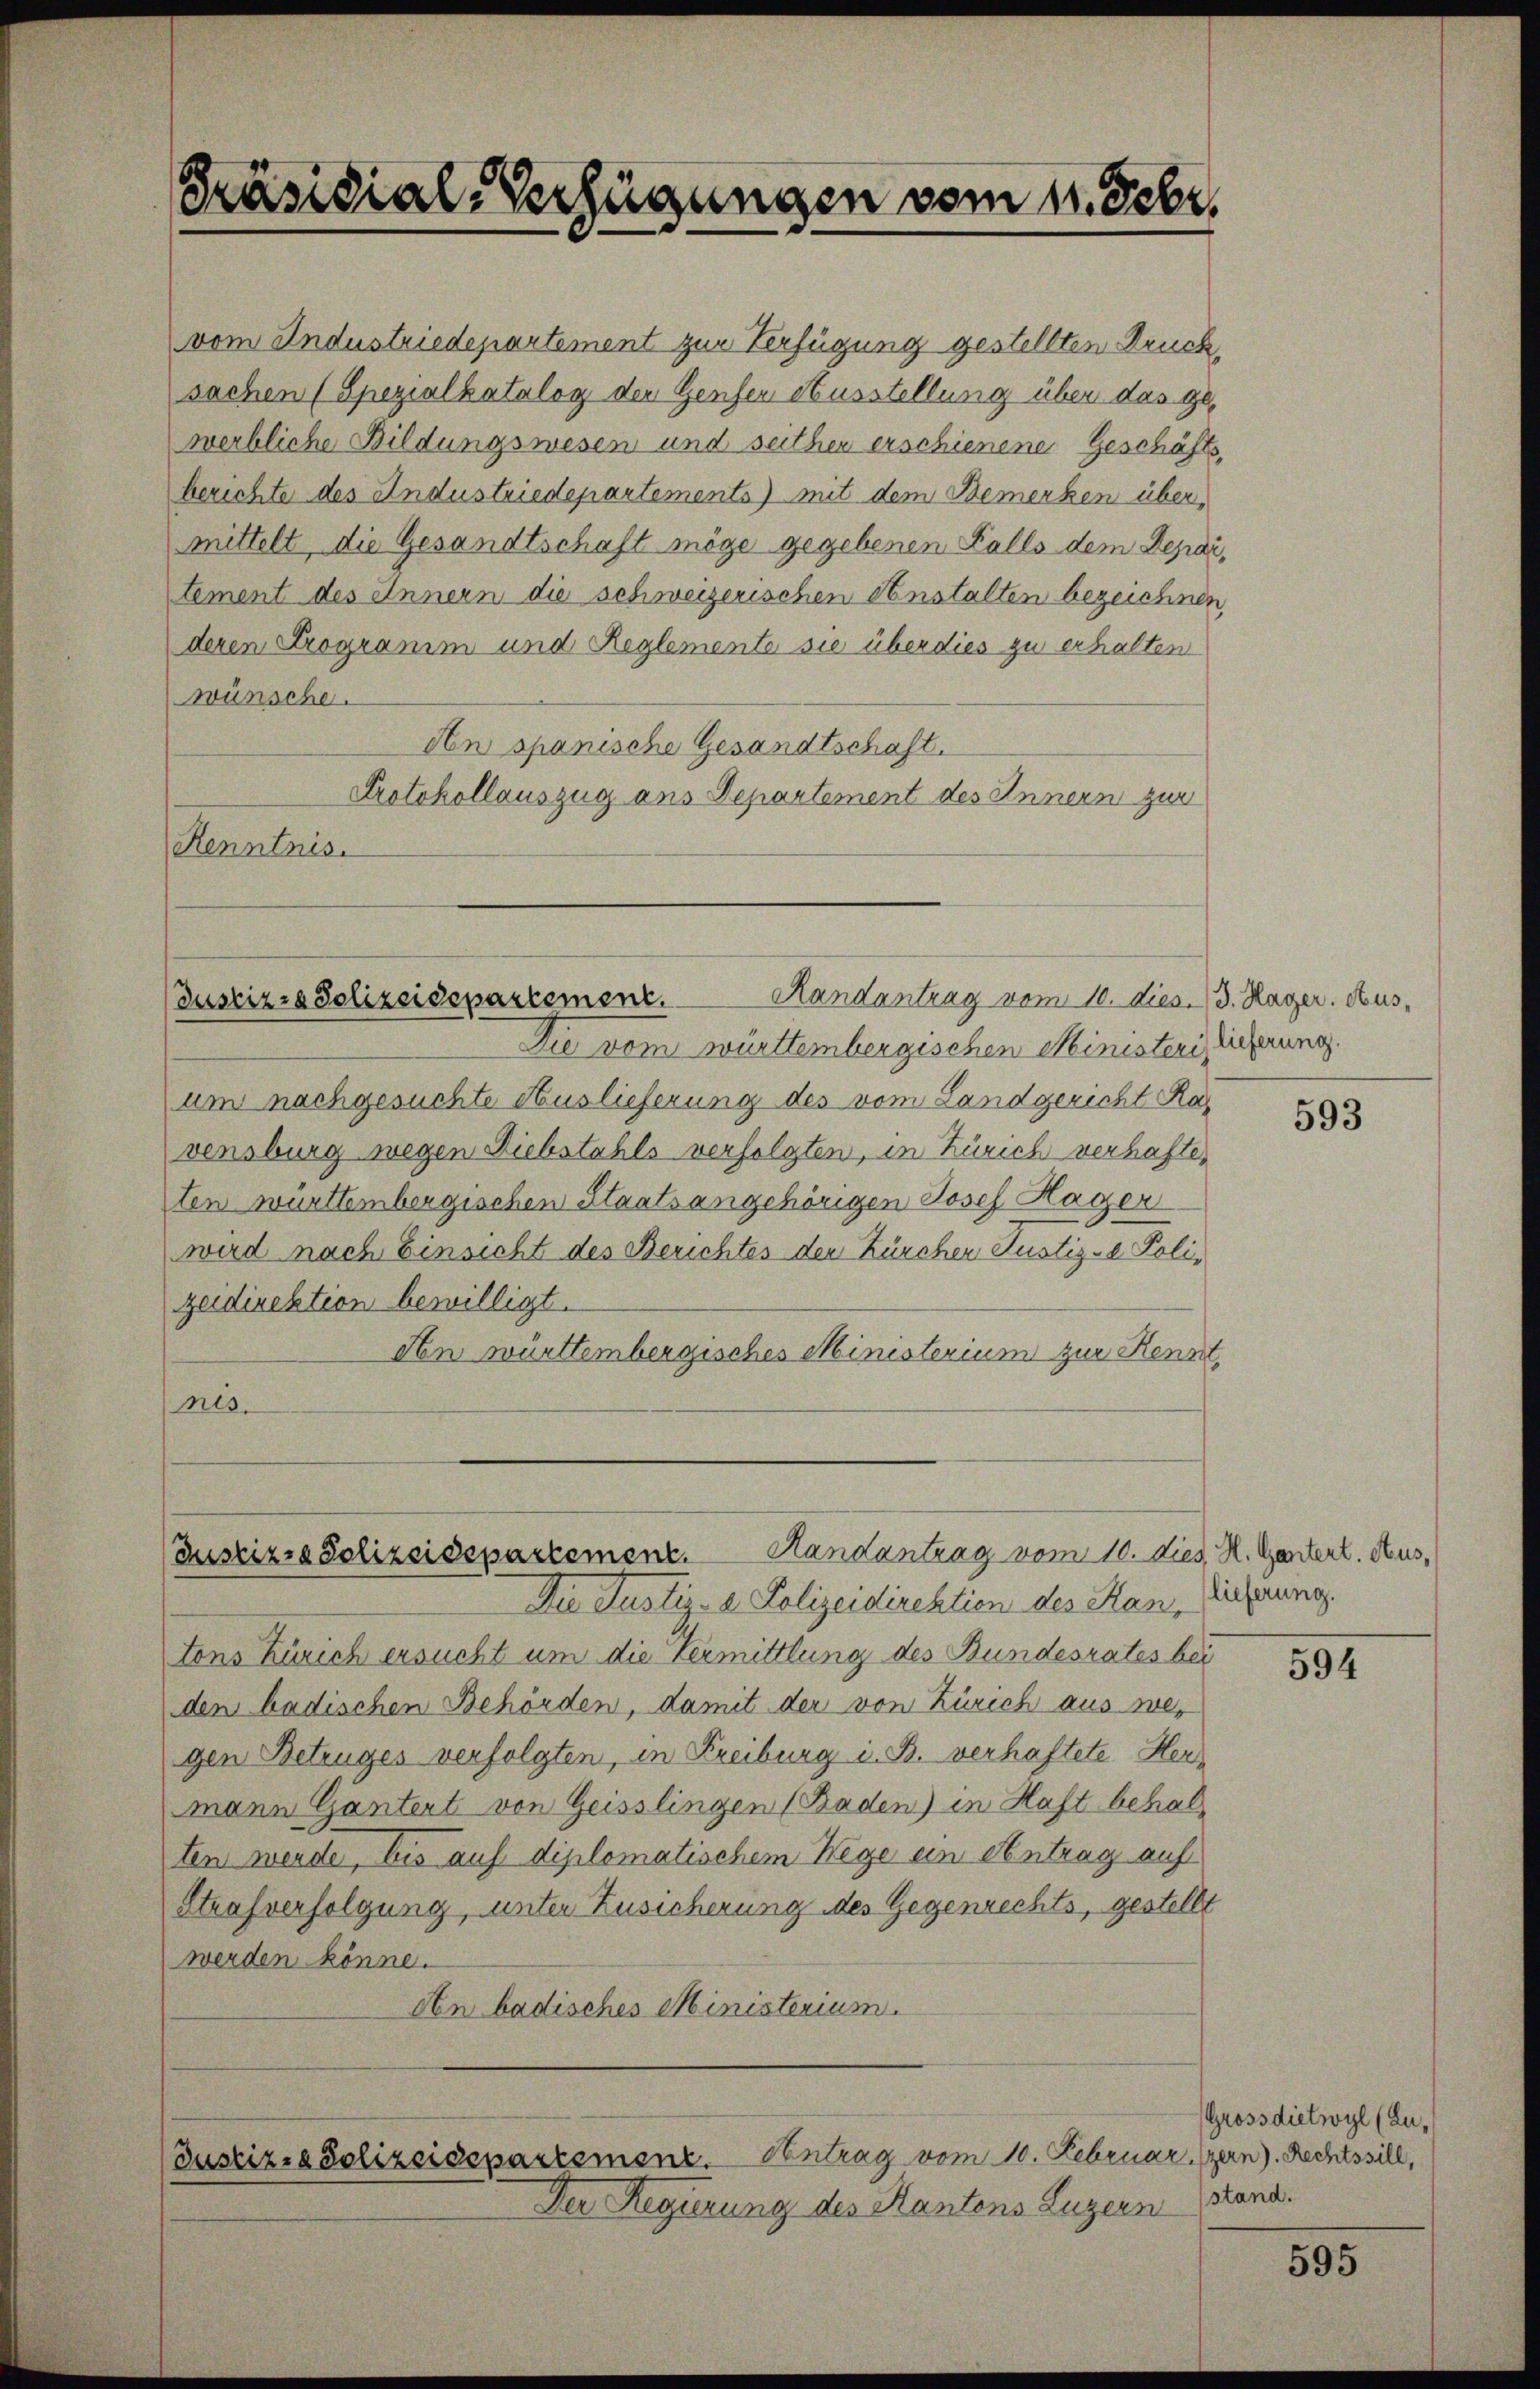
vom Industriedepartement zur Verfügung gestellten Druck,
sachen (Spezialkatalog der Gensen Ausstellung über das gewerbliche Bildungswesen und seither erschienene Geschäftsberichte des Andustriedepartements) mit dem Bemerken über,
mittelt, die Gesandtschaft möge gegebenen Falls dem Departement des Innern die schweizerischen Anstalten bezeichnen,
deren Programm und Reglemente sie überdies zu erhalten
wünsche.
An spanische Gesandtschaft.
Protokollauszug aus Departement des Innern zur
Kenntnis.

Präsidial-Verfügungen vom 11. Febr.

(Justizia Polizeidepartement.

(Justiz, Polizeidepartement. Handantrag vom 10. dies. H. Gantert. Aus¬

Randantrag vom 10. dies. 13. Hager. Aus¬
Die vom württembergischen Ministeri, lieferung.
um nachgesuchte Auslieferung des vom Landgericht Ra
vensburg wegen Diebstahls verfolgten, in Zürich verhafteten württembergischen Staatsangehörigen Josef Hager
wird nach Einsicht des Berichtes der Kürcher Justiz- Poli-
zeidirektion bewilligt.
den württembergisches Ministerium zur Kennt
nis.

(Justiz- Polizeidepartemenz. Antrag vom 10. Februa

Der Regierung des Kantons Luzern Hand.

Die Justiz- & Polizeidirektion des Kantons Zürich ersucht um die Vermittlung des Bundesrates bei
den badischen Behörden, damit der von Zürich aus we-
gen Betruges verfolgten, in Freiburg i. B. verhaftete Hermann Gantert von Geisslingen (Baden) in Haft behal
ten werde, bis auf diplomatischem Wege ein Antrag auf
Strafverfolgung, unter Zusicherung des Gegenrechts, gestellt
werden könne.
On badisches Ministerium.

593

lieferung.

594

Grossdietwyl (Luritzern. Rechtssill,

595